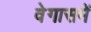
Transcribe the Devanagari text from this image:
वेगासमें